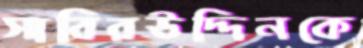
সাবিরউদ্দিনকে